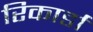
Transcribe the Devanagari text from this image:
रिकार्डा